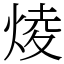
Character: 𤊥